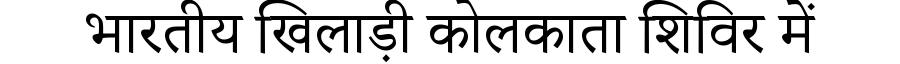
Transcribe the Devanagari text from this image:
भारतीय खिलाड़ी कोलकाता शिविर में